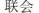
联会